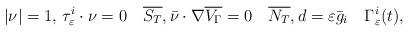
LaTeX: \begin{align*} |\nu| = 1, \, \tau_\varepsilon^i\cdot\nu = 0 \quad\overline{S_T}, \bar{\nu}\cdot\nabla\overline{V_\Gamma} = 0 \quad\overline{N_T}, d = \varepsilon\bar{g}_i \quad\Gamma_\varepsilon^i(t), \end{align*}